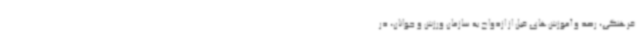
فرهنگی، رصد و آموزش‌های قبل از ازدواج به سازمان ورزش و جوانان، در